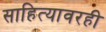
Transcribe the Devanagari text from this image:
साहित्यावरही